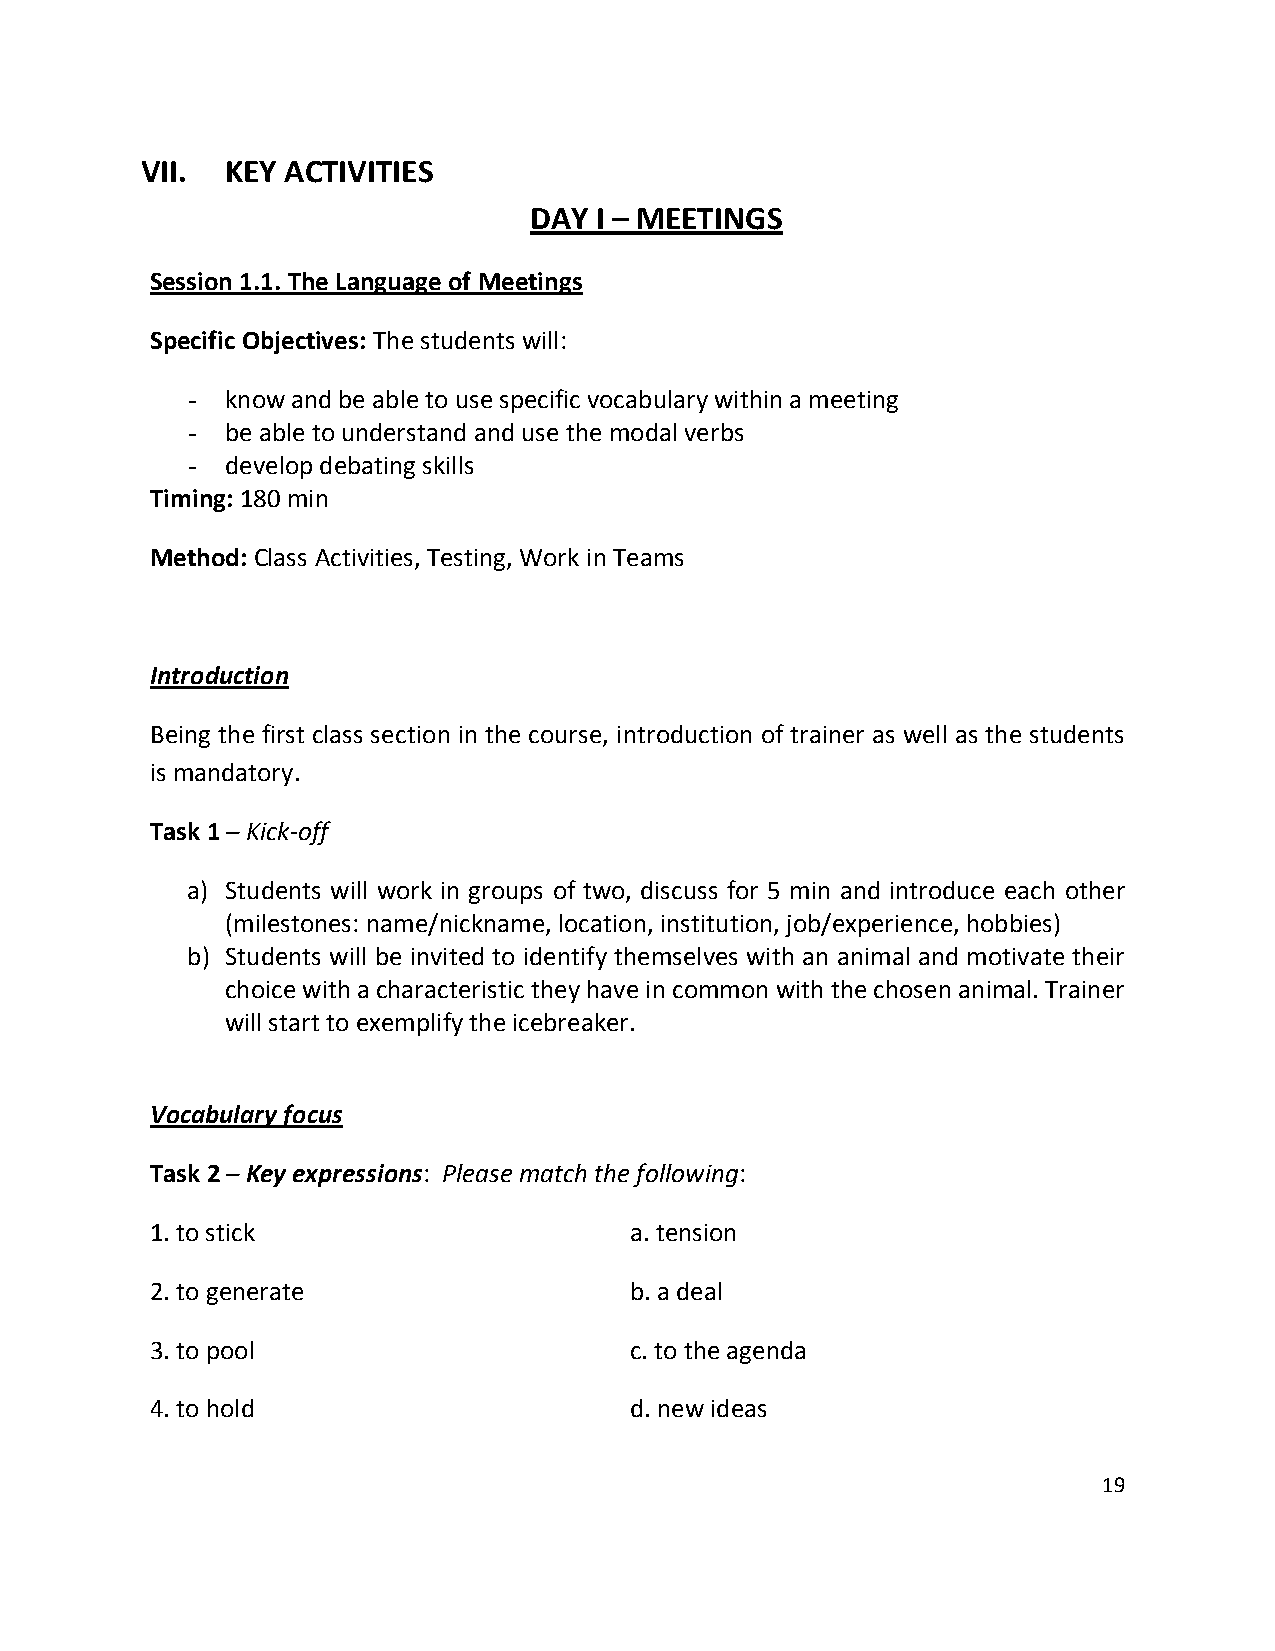
VII.  KEY ACTIVITIES
 DAY I – MEETINGS
 Session 1.1. The Language of Meetings
 Specific Objectives: The students will:
 -  know and be able to use specific vocabulary within a meeting
 -  be able to understand and use the modal verbs
 -  develop debating skills
 Timing: 180 min
 Method: Class Activities, Testing, Work in Teams
 Introduction
 Being the first class section in the course, introduction of trainer as well as the students
 is mandatory.
 Task 1 – Kick-off
 a) Students will work in groups of two, discuss for 5 min and introduce each other
 (milestones: name/nickname, location, institution, job/experience, hobbies)
 b) Students will be invited to identify themselves with an animal and motivate their
 choice with a characteristic they have in common with the chosen animal. Trainer
 will start to exemplify the icebreaker.
 Vocabulary focus
 Task 2 – Key expressions: Please match the following:
 1. to stick                     a. tension
 2. to generate                  b. a deal
 3. to pool                      c. to the agenda
 4. to hold                      d. new ideas
 19